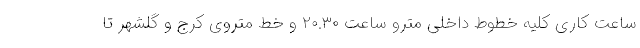
ساعت کاری کلیه خطوط داخلی مترو ساعت ٢٠.٣٠ و خط متروی کرج و گلشهر تا